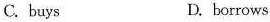
C. buys D. borrows